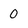
Character: 0